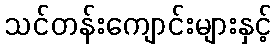
သင်တန်းကျောင်းများနှင့်